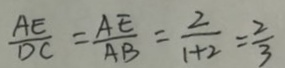
\frac { A E } { D C } = \frac { A E } { A B } = \frac { 2 } { 1 + 2 } = \frac { 2 } { 3 }